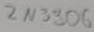
Text: 2N3306